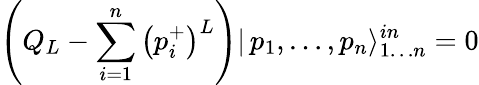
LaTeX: \left(Q_{L}-\sum_{i=1}^{n}\left(p_{i}^{+}\right)^{L}\right)|\, p_{1},\dots,p_{n}\rangle_{1\dots n}^{in}=0